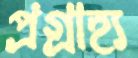
প্রগ্রাহ্য